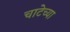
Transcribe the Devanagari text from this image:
चाटेच्या